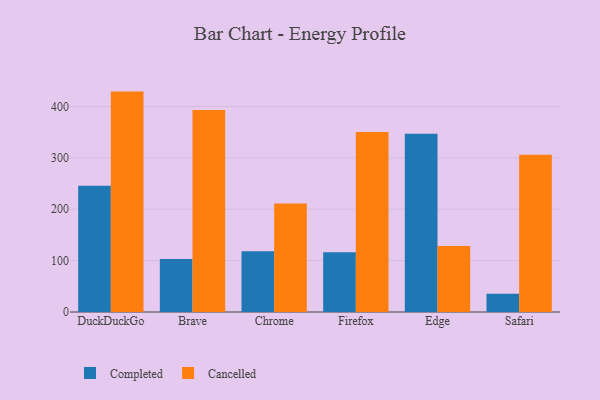
{"axis": {"x": "Browser", "y": "Revenue (USD Million)"}, "legend": ["Cancelled", "Completed"], "data": [{"x": "DuckDuckGo", "y": 245.8, "type": "Completed"}, {"x": "DuckDuckGo", "y": 429.0, "type": "Cancelled"}, {"x": "Brave", "y": 103.0, "type": "Completed"}, {"x": "Brave", "y": 393.2, "type": "Cancelled"}, {"x": "Chrome", "y": 118.1, "type": "Completed"}, {"x": "Chrome", "y": 211.1, "type": "Cancelled"}, {"x": "Firefox", "y": 116.5, "type": "Completed"}, {"x": "Firefox", "y": 350.3, "type": "Cancelled"}, {"x": "Edge", "y": 347.1, "type": "Completed"}, {"x": "Edge", "y": 128.5, "type": "Cancelled"}, {"x": "Safari", "y": 35.4, "type": "Completed"}, {"x": "Safari", "y": 306.0, "type": "Cancelled"}]}